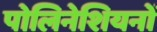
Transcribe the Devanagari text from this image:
पोलिनेशियनों